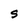
Character: S